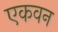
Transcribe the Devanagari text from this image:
एकवन